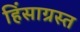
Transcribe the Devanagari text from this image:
हिंसाग्रस्त